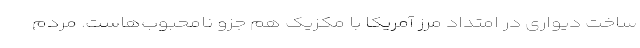
ساخت دیواری در امتداد مرز آمریکا با مکزیک هم جزو نامحبوب‌هاست. مردم